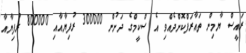
ރައީސް ޔާމިން ތައާރަފްކޮށްދެއްވި އެ ސްކީމްގެ ދަށުން 300000 ރުފިޔާއާއި 800000 ރުފިޔާއާ